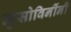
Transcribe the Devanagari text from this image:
मुसोविनींनी